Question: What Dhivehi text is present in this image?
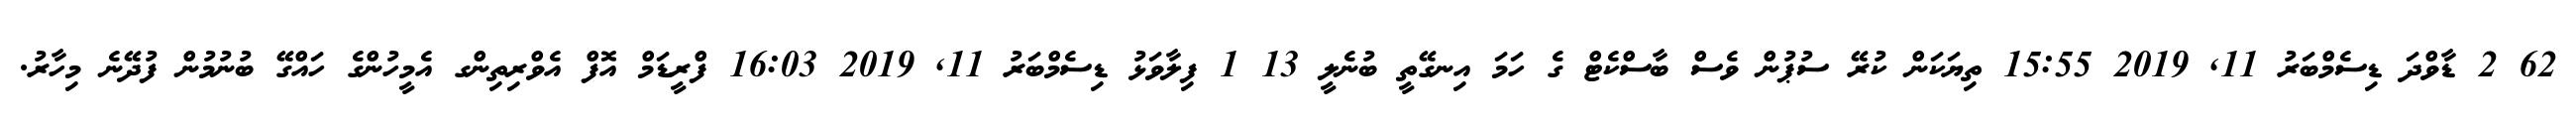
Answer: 62 2 ޑާވްދަ ޑިސެމްބަރު 11, 2019 15:55 ތިޔަކަން ކުރޭ ސުޕުން ވެސް ބާސްކެޓް ގެ ހަމަ އިނގޭތީ ބުނެލީ 13 1 ފިލާވަޅު ޑިސެމްބަރު 11, 2019 16:03 ފްރީޑަމް އޮފް އެވްރިތިންގ އެމީހުންގެ ހައްގޭ ބުނުމުން ފުދޭނެ މިހާރު.